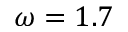
\omega = 1 . 7